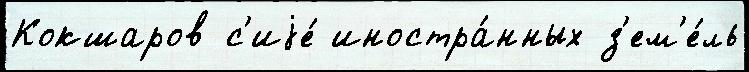
Кокшаров с'иjе́ иностра́нных з'ем'е́ль